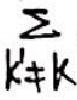
\(\sum_{k\neq k}\)